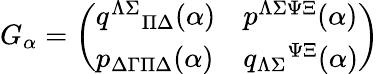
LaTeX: G_{\alpha}=\left(\begin{array}{ll}{{q^{\Lambda\Sigma}{}_{\Pi\Delta}(\alpha)}}&{{p^{\Lambda\Sigma\Psi\Xi}(\alpha)}}\\ {{p_{\Delta\Gamma\Pi\Delta}(\alpha)}}&{{q_{\Lambda\Sigma}{}^{\Psi\Xi}(\alpha)}}\end{array}\right)